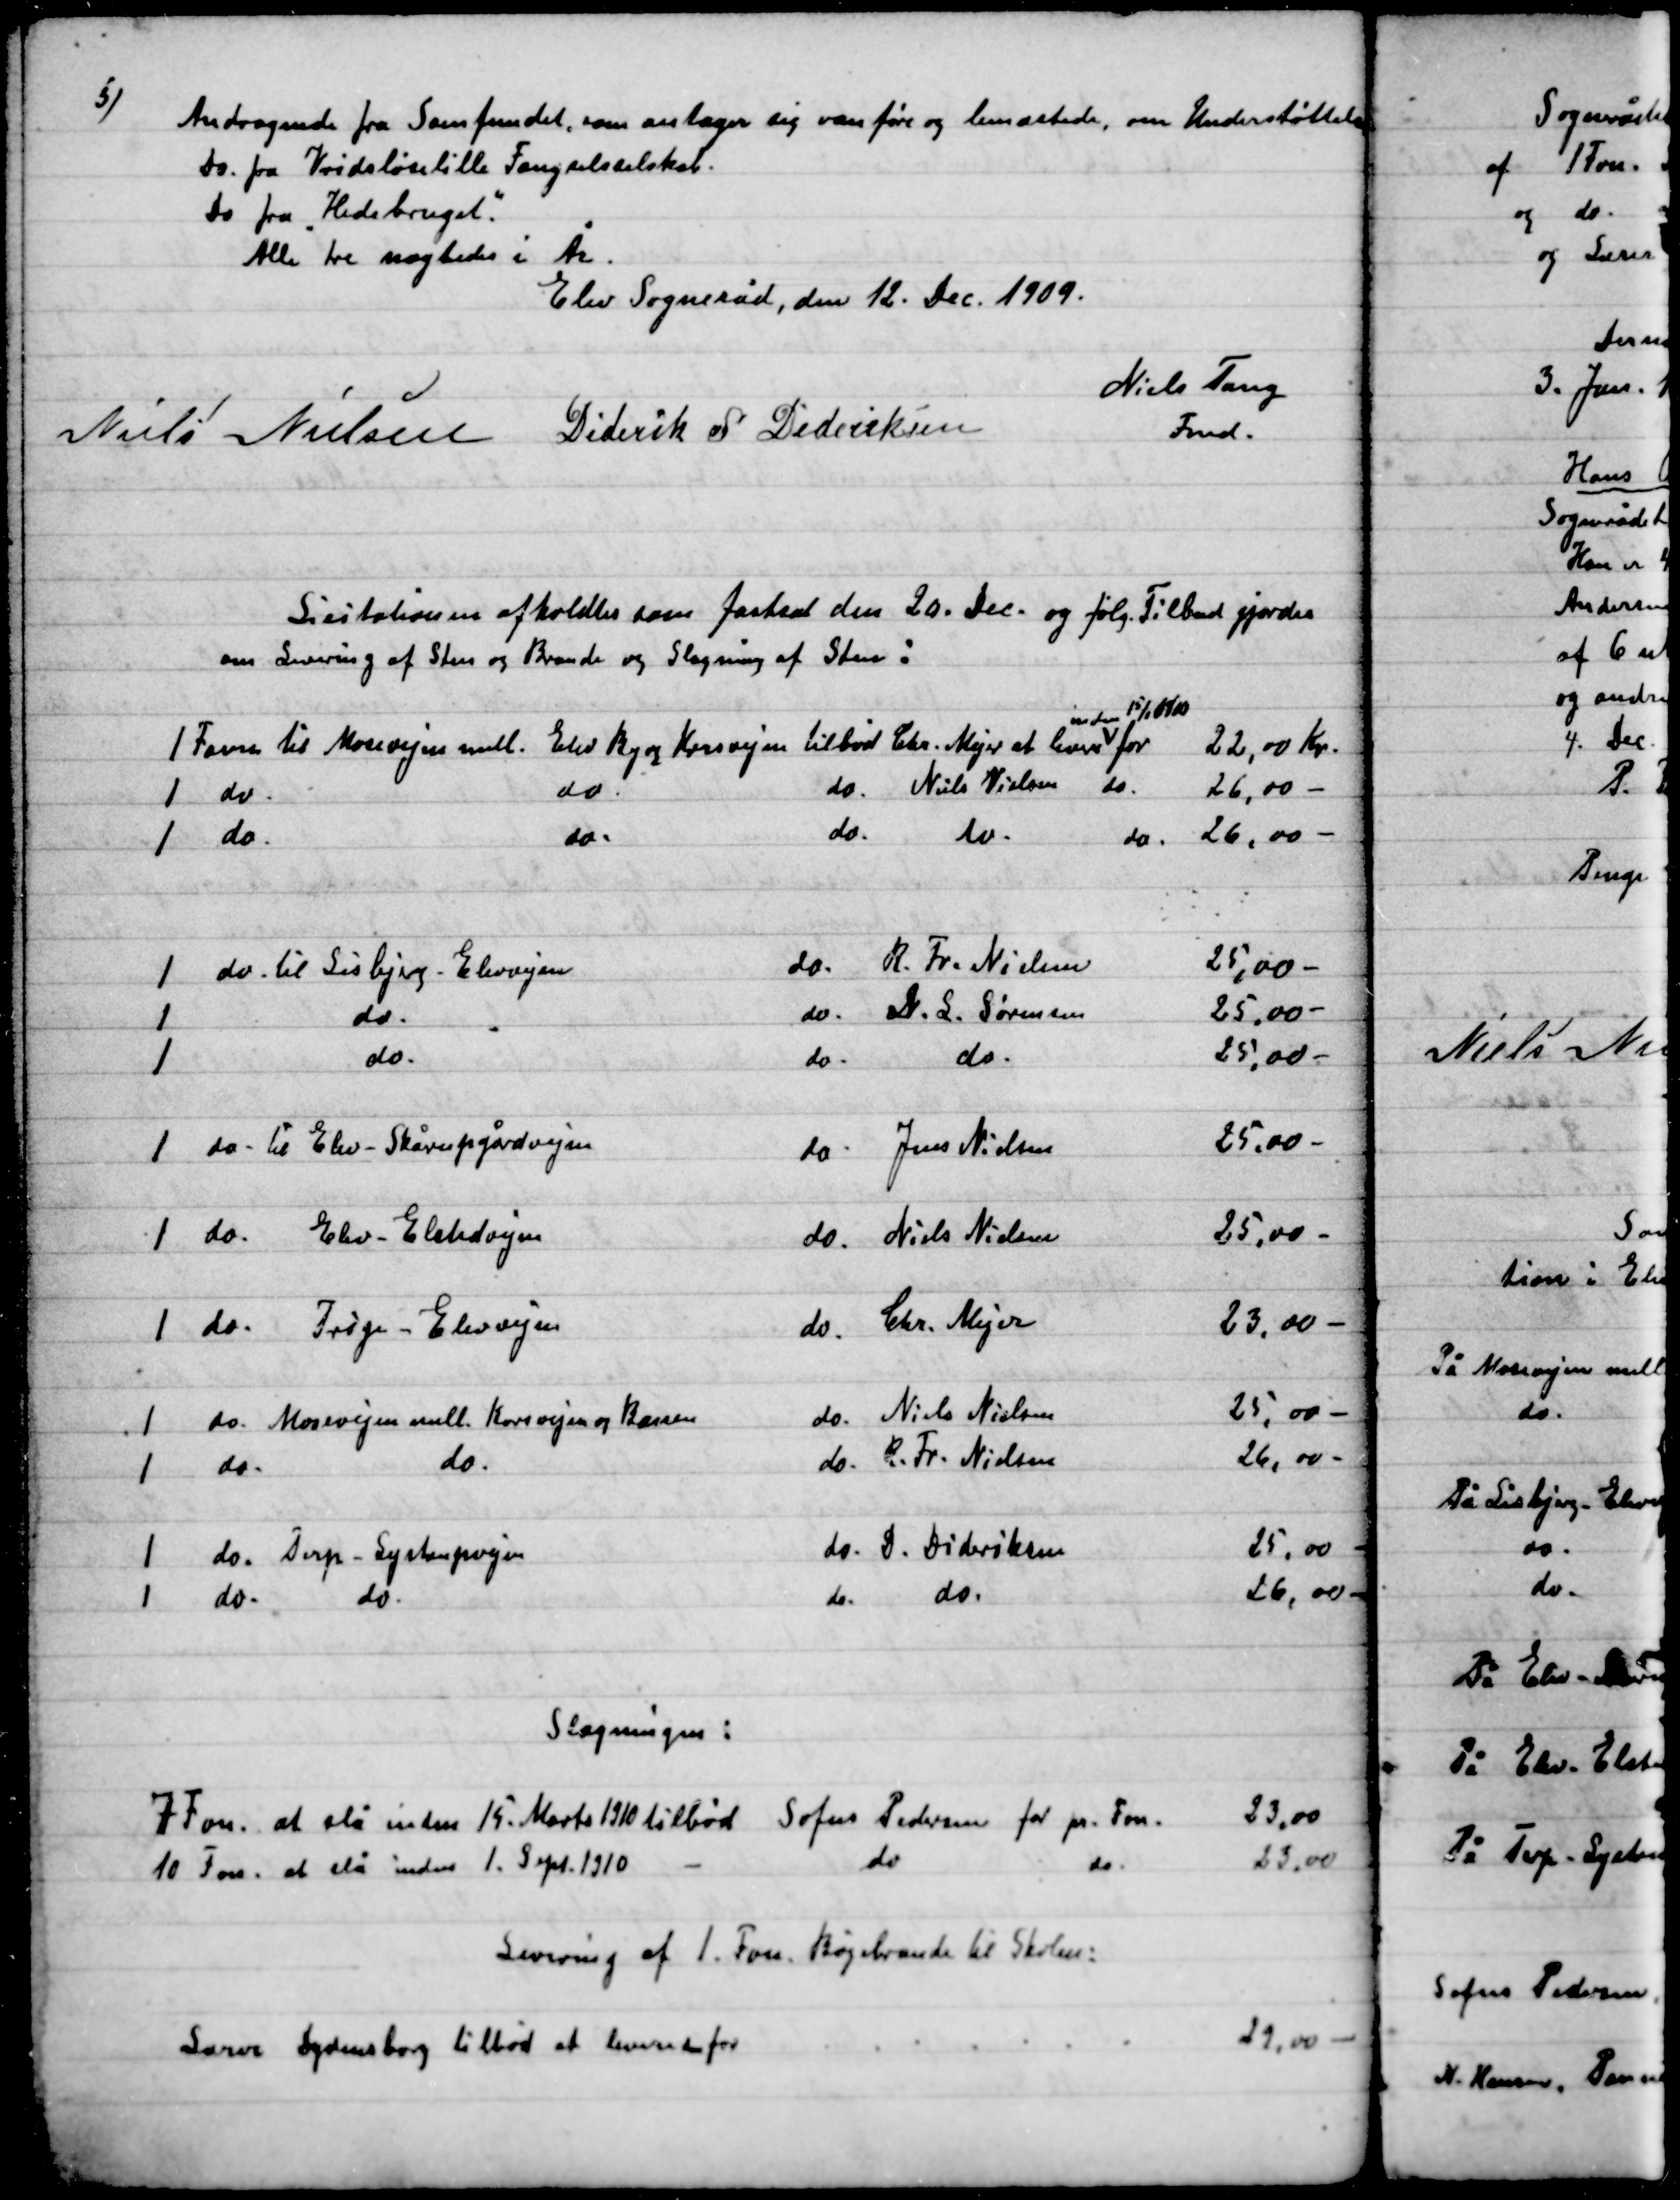
Transskription:
5)

Andragende fra Samfundet, som antager sig vanføre og lemæstede, om Understøttelse
Do. fra Vridsløselille Fængselsselskab.
Do. fra ”Hedebruget”
Alle tre nægtedes i År.

Elev Sogneråd, den 12. dec. 1009.

Niels Nielsen
Dideriks S. Dideriksen
Niels Tang.
Fmd.